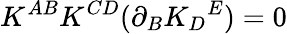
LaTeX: K^{AB}K^{CD}(\partial_{B}K_{D}{}^{E})=0